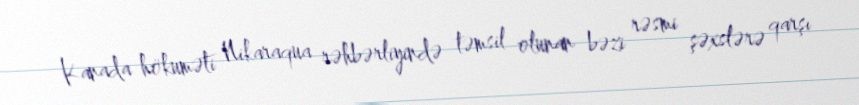
Kanada hökuməti Nikaraqua rəhbərliyində təmsil olunan bəzi rəsmi şəxslərə qarşı